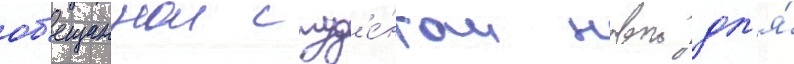
об'ещаннои студ'е́нтам новои дл'я́